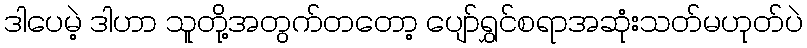
ဒါပေမဲ့ ဒါဟာ သူတို့အတွက်တတော့ ပျော်ရွှင်စရာအဆုံးသတ်မဟုတ်ပဲ